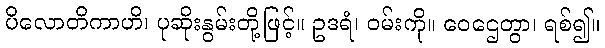
ပိလောတိကာဟိ၊ ပုဆိုးနွမ်းတို့ဖြင့်။ ဥဒရံ၊ ဝမ်းကို။ ဝေဌေတွာ၊ ရစ်၍။